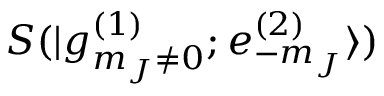
S ( | g _ { m _ { J } \neq 0 } ^ { ( 1 ) } ; e _ { - m _ { J } } ^ { ( 2 ) } \rangle )